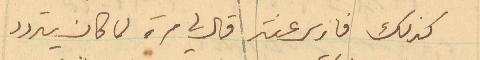
كذلك فارس عنتر قال لي مرة لما كان يتردد